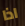
اذا